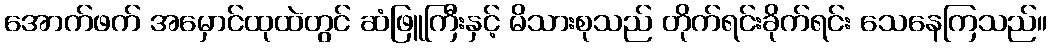
အောက်ဖက် အမှောင်ထုထဲတွင် ဆံဖြူကြီးနှင့် မိသားစုသည် တိုက်ရင်းခိုက်ရင်း သေနေကြသည်။